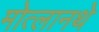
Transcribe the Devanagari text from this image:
मोत्लानथे